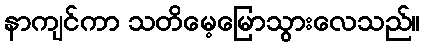
နာကျင်ကာ သတိမေ့မြောသွားလေသည်။